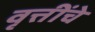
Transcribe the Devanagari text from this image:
वृत्तींचे